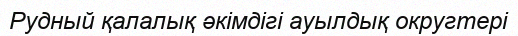
Рудный қалалық әкімдігі ауылдық округтері